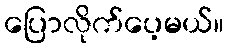
ပြောလိုက်ပေ့မယ်။